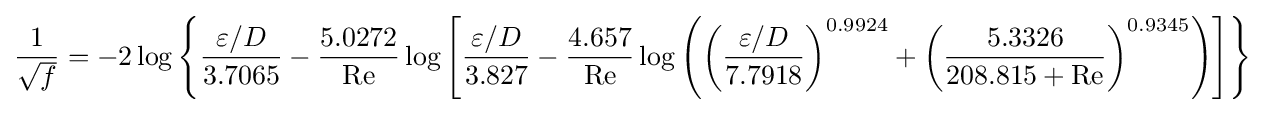
{\frac {1}{\sqrt {f}}}=-2\log \left\lbrace {\frac {\varepsilon /D}{3.7065}}-{\frac {5.0272}{\mathrm {Re} }}\log \left[{\frac {\varepsilon /D}{3.827}}-{\frac {4.657}{\mathrm {Re} }}\log \left(\left({\frac {\varepsilon /D}{7.7918}}\right)^{0.9924}+\left({\frac {5.3326}{208.815+\mathrm {Re} }}\right)^{0.9345}\right)\right]\right\rbrace